NAE_ERA_R-1765_ENSV_Kirjanike_Liit_1945-1955, lk 3
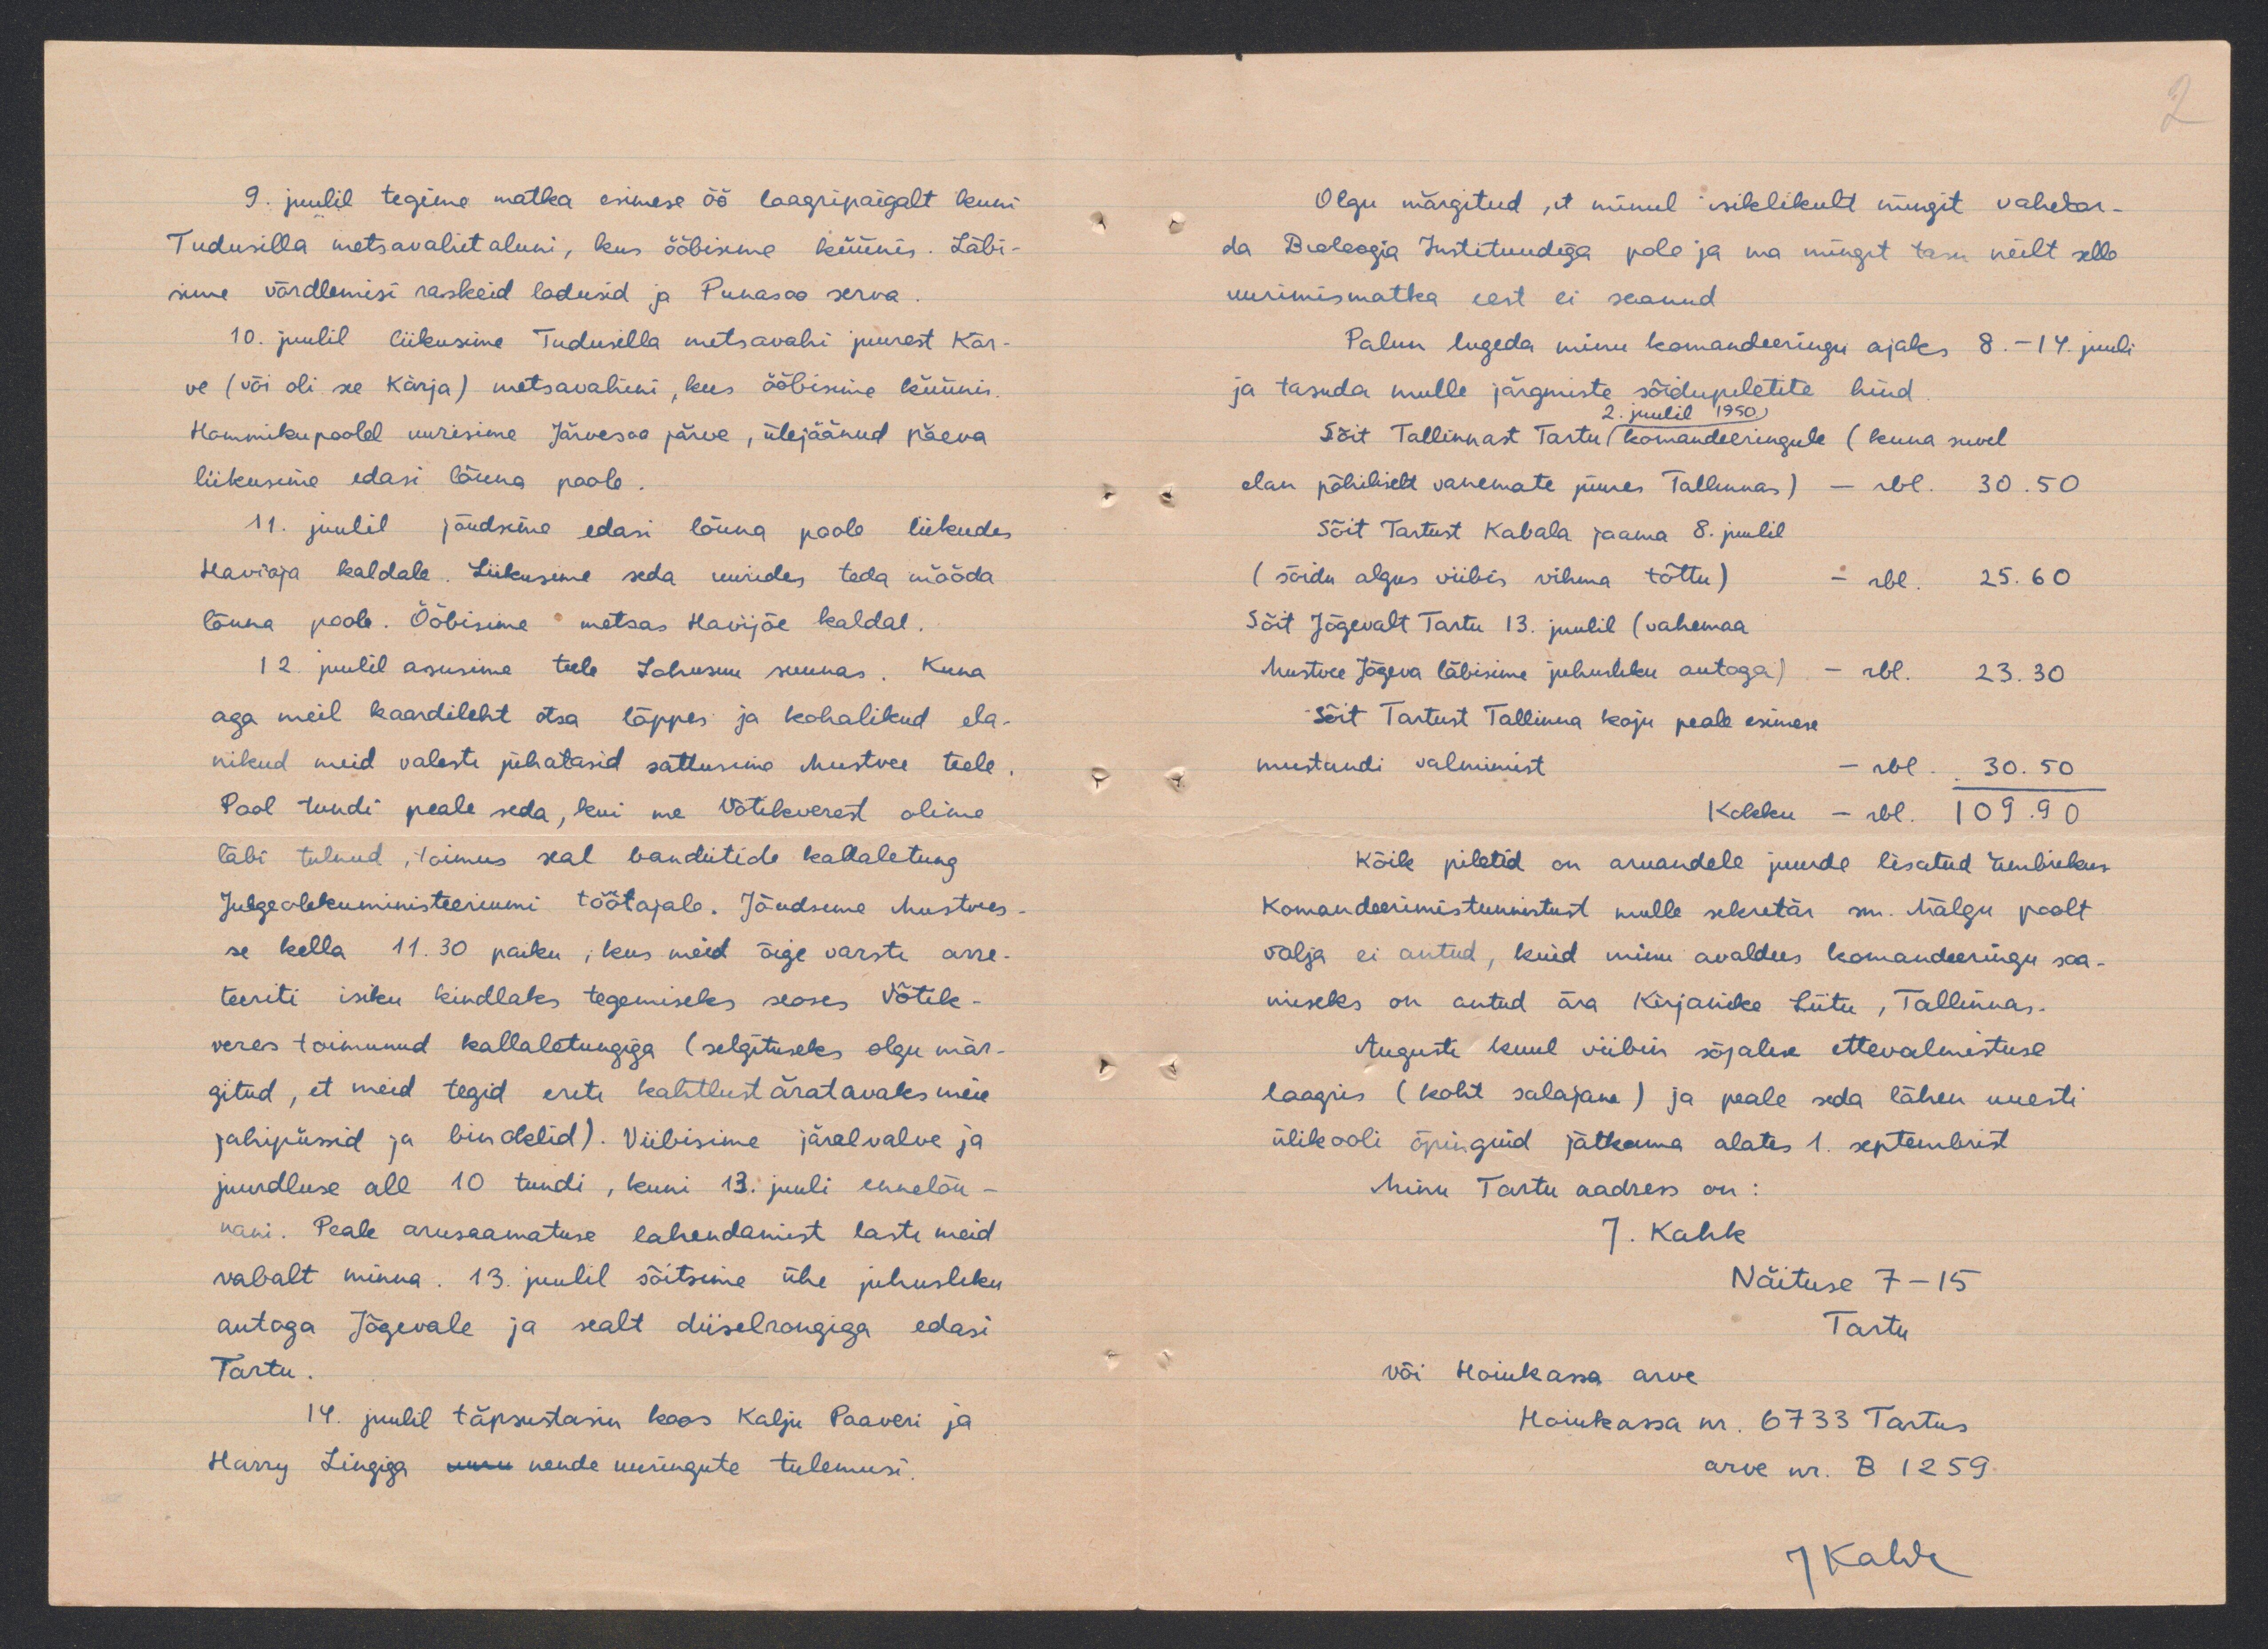
9. juulil tegime matka esimese öö laagripaigalt kuni
Tudusilla metsavahitaluni, kus ööbisime küünis. Läbi-
sime võrdlemisi raskeid ladusid ja Punasoo serva.
10. juulil liikusime Tudusilla metsavahi juurest Kõr-
ve (või oli se Kärja) metsavahini, kus ööbisime küünis.
Hommikupoolel uurisime Järvesoo järve, ülejäänud päeva
liikusime edasi lõuna poole.
11. juulil jõudksime edasi lõuna poole liikuda
Havioja kaldale. Liikusime seda uurides teda mööda
lõuna poole. Ööbisime metsas Havijõe kaldal.
12 juulil asusime teele Lohusuu suunas. Kuna
aga meil kaardileht otsa lõppes ja kohalikud ela-
nikud meid valesti juhatasid sattusime Mustvee teele
Pool tundi peale seda, kui me Võtikverest olime
läbi tulnud, toimus seal bandiitide kallaletung
Julgeolekuministeeriumi töötajale. Jõudsime Mustvees
se kella 11.30 paiku, kus meid õige varsti arre-
teeriti isiku kindlaks tegemiseks seoses Võtik-
veres toimunud kallaletungiga (selgituseles olgu mär-
gitud, et meid tegid eriti kahtlust äratavaks meie
jahipüssid ja binoklid). Viibisime järelvalve ja
juurdluse all 10 tundi, kuni 13. juuli ennelõu-
nani. Peale arusaamatuse lahendamist lasti meid
vabalt minna. 13 juulil sõitsime ühe juhusliku
autoga Jõgevale ja sealt diiselrongiga edasi
Tartu.
14. juulil täpsustasin koos Kalju Paaveri ja
Harry Lingiga men nende uurinugute tulemusi.

Olgu märgitud, et minul isiklikult mingit vahekor-
da Biolooga Instituudiga pole ja ma mingit tasu neilt selle
uurimismatka eest ei saanud
Palun lugeda minu komandeeringu ajale 8. - 14. juuli
ja tasuda mulle järgmiste sõidupiletite hind
2. juulil 1950
Sõit Tallinnast Tartu (komandeeringule (kuna suvel
elan põhiliselt vanemate juures Tallinnas) - rbl. 30.50
Sõit Tartust Kabala jaama 8. juulil
(sõidu algus viibis vihma tõttu) - rbl. 25.60
Sõit Jõgevalt Tartu 13. juulil (vahemaa
Mustvee Jõgeva läbisime juhusliku autaga) - rbl. 23.30
Sõit Tartust Tallinna koju peale esimese
mustandi valmimist.
rbl. 30.50
Kokku - rbl. 109.90
Kõik piletid on aruandele juurde lisatud ümbrikus
Komandeerimistunnistust mulle sekretär sm. Mälgu poolt
välja ei antud, kuid minu avaldus komandeeringu saa-
miseks on antud ära Kirjanike Liitu Tallinnas.
Augusti kuul viibisin sõjalise ettevalmistuse
laagris (koht salajane) ja peale seda lähen uuesti
ülikooli õpiguid jätkama alates 1. septembrist
Minu Tartu aadress on:
J. Kahk.
Näituse 7-15
Tartu
või Hoiukassa arve
Hoiukassa nr. 6733 Tartus
arve nr. B 1259